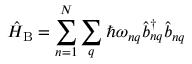
\hat { H } _ { \mathrm { B } } = \sum _ { n = 1 } ^ { N } \sum _ { q } \hbar \omega _ { n q } \hat { b } _ { n q } ^ { \dagger } \hat { b } _ { n q }